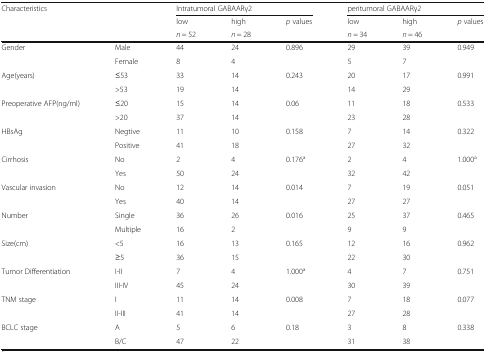
<table><thead><tr><td rowspan="3" colspan="2"><b>Characteristics</b></td><td colspan="3"><b>Intratumoral GABAARγ2</b></td><td colspan="3"><b>peritumoral GABAARγ2</b></td></tr><tr><td><b>low</b></td><td><b>high</b></td><td><b><i>p</i> values</b></td><td><b>low</b></td><td><b>high</b></td><td><b><i>p</i> values</b></td></tr><tr><td><b><i>n</i> = 52</b></td><td><b><i>n</i> = 28</b></td><td></td><td><b><i>n</i> = 34</b></td><td><b><i>n</i> = 46</b></td><td></td></tr></thead><tbody><tr><td rowspan="2">Gender</td><td>Male</td><td>44</td><td>24</td><td>0.896</td><td>29</td><td>39</td><td>0.949</td></tr><tr><td>Female</td><td>8</td><td>4</td><td></td><td>5</td><td>7</td><td></td></tr><tr><td rowspan="2">Age(years)</td><td>≤53</td><td>33</td><td>14</td><td>0.243</td><td>20</td><td>17</td><td>0.991</td></tr><tr><td>&gt;53</td><td>19</td><td>14</td><td></td><td>14</td><td>29</td><td></td></tr><tr><td rowspan="2">Preoperative AFP(ng/ml)</td><td>≤20</td><td>15</td><td>14</td><td>0.06</td><td>11</td><td>18</td><td>0.533</td></tr><tr><td>&gt;20</td><td>37</td><td>14</td><td></td><td>23</td><td>28</td><td></td></tr><tr><td rowspan="2">HBsAg</td><td>Negtive</td><td>11</td><td>10</td><td>0.158</td><td>7</td><td>14</td><td>0.322</td></tr><tr><td>Positive</td><td>41</td><td>18</td><td></td><td>27</td><td>32</td><td></td></tr><tr><td rowspan="2">Cirrhosis</td><td>No</td><td>2</td><td>4</td><td>0.176<sup>a</sup></td><td>2</td><td>4</td><td>1.000<sup>a</sup></td></tr><tr><td>Yes</td><td>50</td><td>24</td><td></td><td>32</td><td>42</td><td></td></tr><tr><td rowspan="2">Vascular invasion</td><td>No</td><td>12</td><td>14</td><td>0.014</td><td>7</td><td>19</td><td>0.051</td></tr><tr><td>Yes</td><td>40</td><td>14</td><td></td><td>27</td><td>27</td><td></td></tr><tr><td rowspan="2">Number</td><td>Single</td><td>36</td><td>26</td><td>0.016</td><td>25</td><td>37</td><td>0.465</td></tr><tr><td>Multiple</td><td>16</td><td>2</td><td></td><td>9</td><td>9</td><td></td></tr><tr><td rowspan="2">Size(cm)</td><td>&lt;5</td><td>16</td><td>13</td><td>0.165</td><td>12</td><td>16</td><td>0.962</td></tr><tr><td>≥5</td><td>36</td><td>15</td><td></td><td>22</td><td>30</td><td></td></tr><tr><td rowspan="2">Tumor Differentiation</td><td>I-II</td><td>7</td><td>4</td><td>1.000<sup>a</sup></td><td>4</td><td>7</td><td>0.751</td></tr><tr><td>III-IV</td><td>45</td><td>24</td><td></td><td>30</td><td>39</td><td></td></tr><tr><td rowspan="2">TNM stage</td><td>I</td><td>11</td><td>14</td><td>0.008</td><td>7</td><td>18</td><td>0.077</td></tr><tr><td>II-III</td><td>41</td><td>14</td><td></td><td>27</td><td>28</td><td></td></tr><tr><td rowspan="2">BCLC stage</td><td>A</td><td>5</td><td>6</td><td>0.18</td><td>3</td><td>8</td><td>0.338</td></tr><tr><td>B/C</td><td>47</td><td>22</td><td></td><td>31</td><td>38</td><td></td></tr></tbody></table>